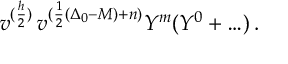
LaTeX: v ^ { ( \frac { h } { 2 } ) } \, v ^ { ( \frac { 1 } { 2 } ( \Delta _ { 0 } - M ) + n ) } Y ^ { m } ( Y ^ { 0 } + \ldots ) \, .